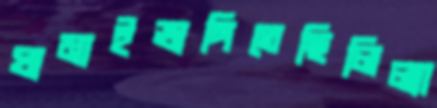
ঘামাইভাঙ্গিতেছিলিল্যা